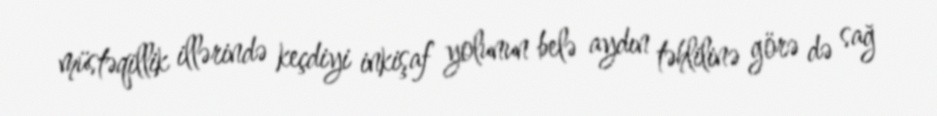
müstəqillik illərində keçdiyi inkişaf yolunun belə aydın təhlilinə görə də sağ